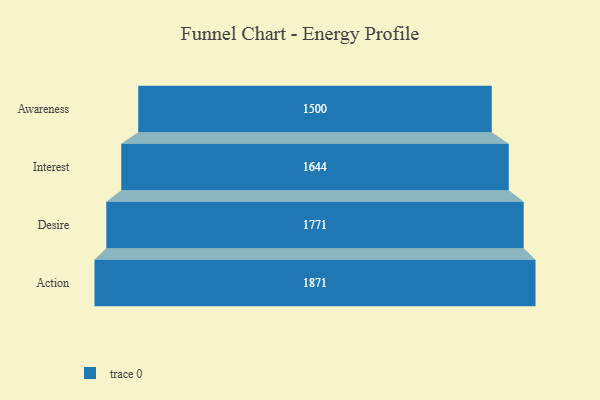
{"axis": {"x": "Stage", "y": "Value"}, "legend": [""], "data": [{"x": "Awareness", "y": 1500.0, "type": ""}, {"x": "Interest", "y": 1644.0, "type": ""}, {"x": "Desire", "y": 1771.0, "type": ""}, {"x": "Action", "y": 1871.0, "type": ""}]}